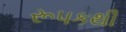
રૂપકથી